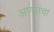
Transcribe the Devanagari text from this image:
अण्णांचा